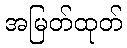
အမြတ်ထုတ်